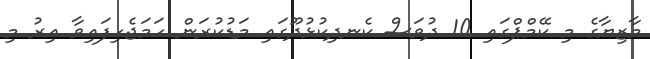
މާޒިޔާގެ މި ކޭމްޕްގައި 10 ދުވަސް ކެނދިކުޅުދޫގައި މަޑުކުރަން ހަމަޖެހިފައިވާ އިރު މި